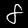
Label: 8